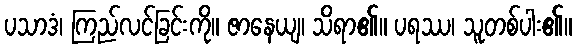
ပသာဒံ၊ ကြည်လင်ခြင်းကို။ ဇာနေယျ၊ သိရာ၏။ ပရဿ၊ သူတစ်ပါး၏။